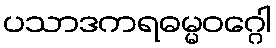
ပသာဒကရဓမ္မဝဂ္ဂေါ